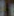
: